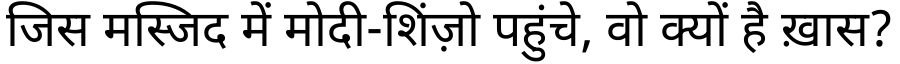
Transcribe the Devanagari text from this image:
जिस मस्जिद में मोदी-शिंज़ो पहुंचे, वो क्यों है ख़ास?